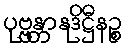
ပုဗ္ဗန္တာနုဒိဋ္ဌီနဉ္စ